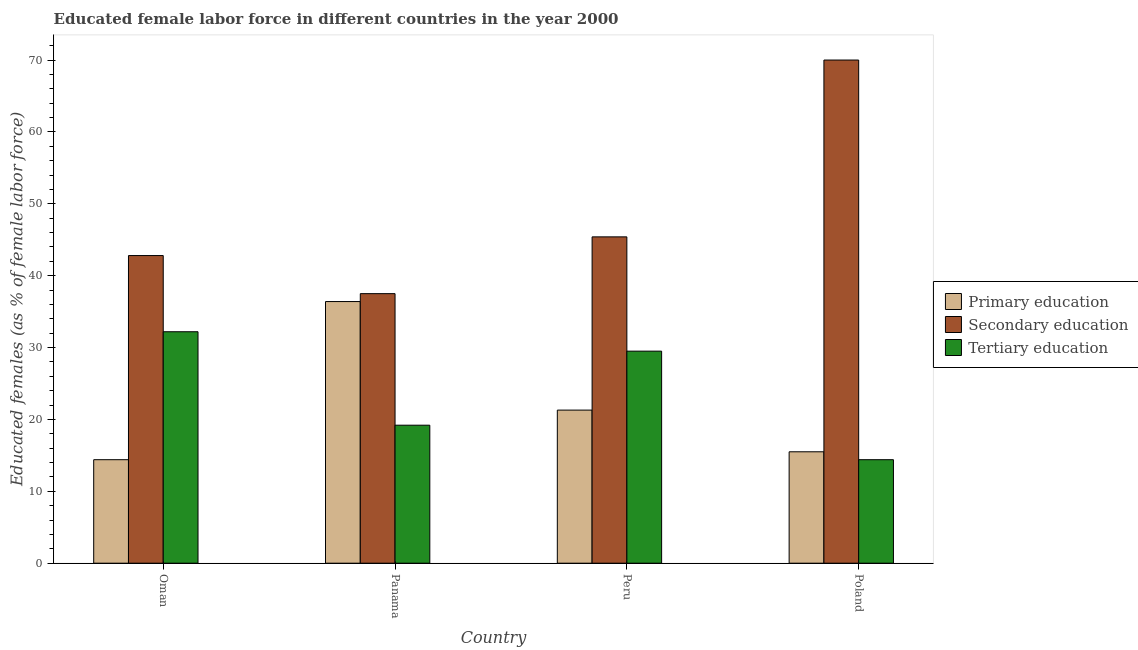
| Country | Primary education | Secondary education | Tertiary education |
 | --- | --- | --- | --- |
 | Oman | 14.4 | 42.8 | 32.2 |
 | Panama | 36.4 | 37.5 | 19.2 |
 | Peru | 21.3 | 45.4 | 29.5 |
 | Poland | 15.5 | 70 | 14.4 |